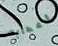
اعطائك